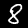
Digit: 8